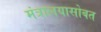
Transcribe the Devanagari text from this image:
मंत्रालयासोबत